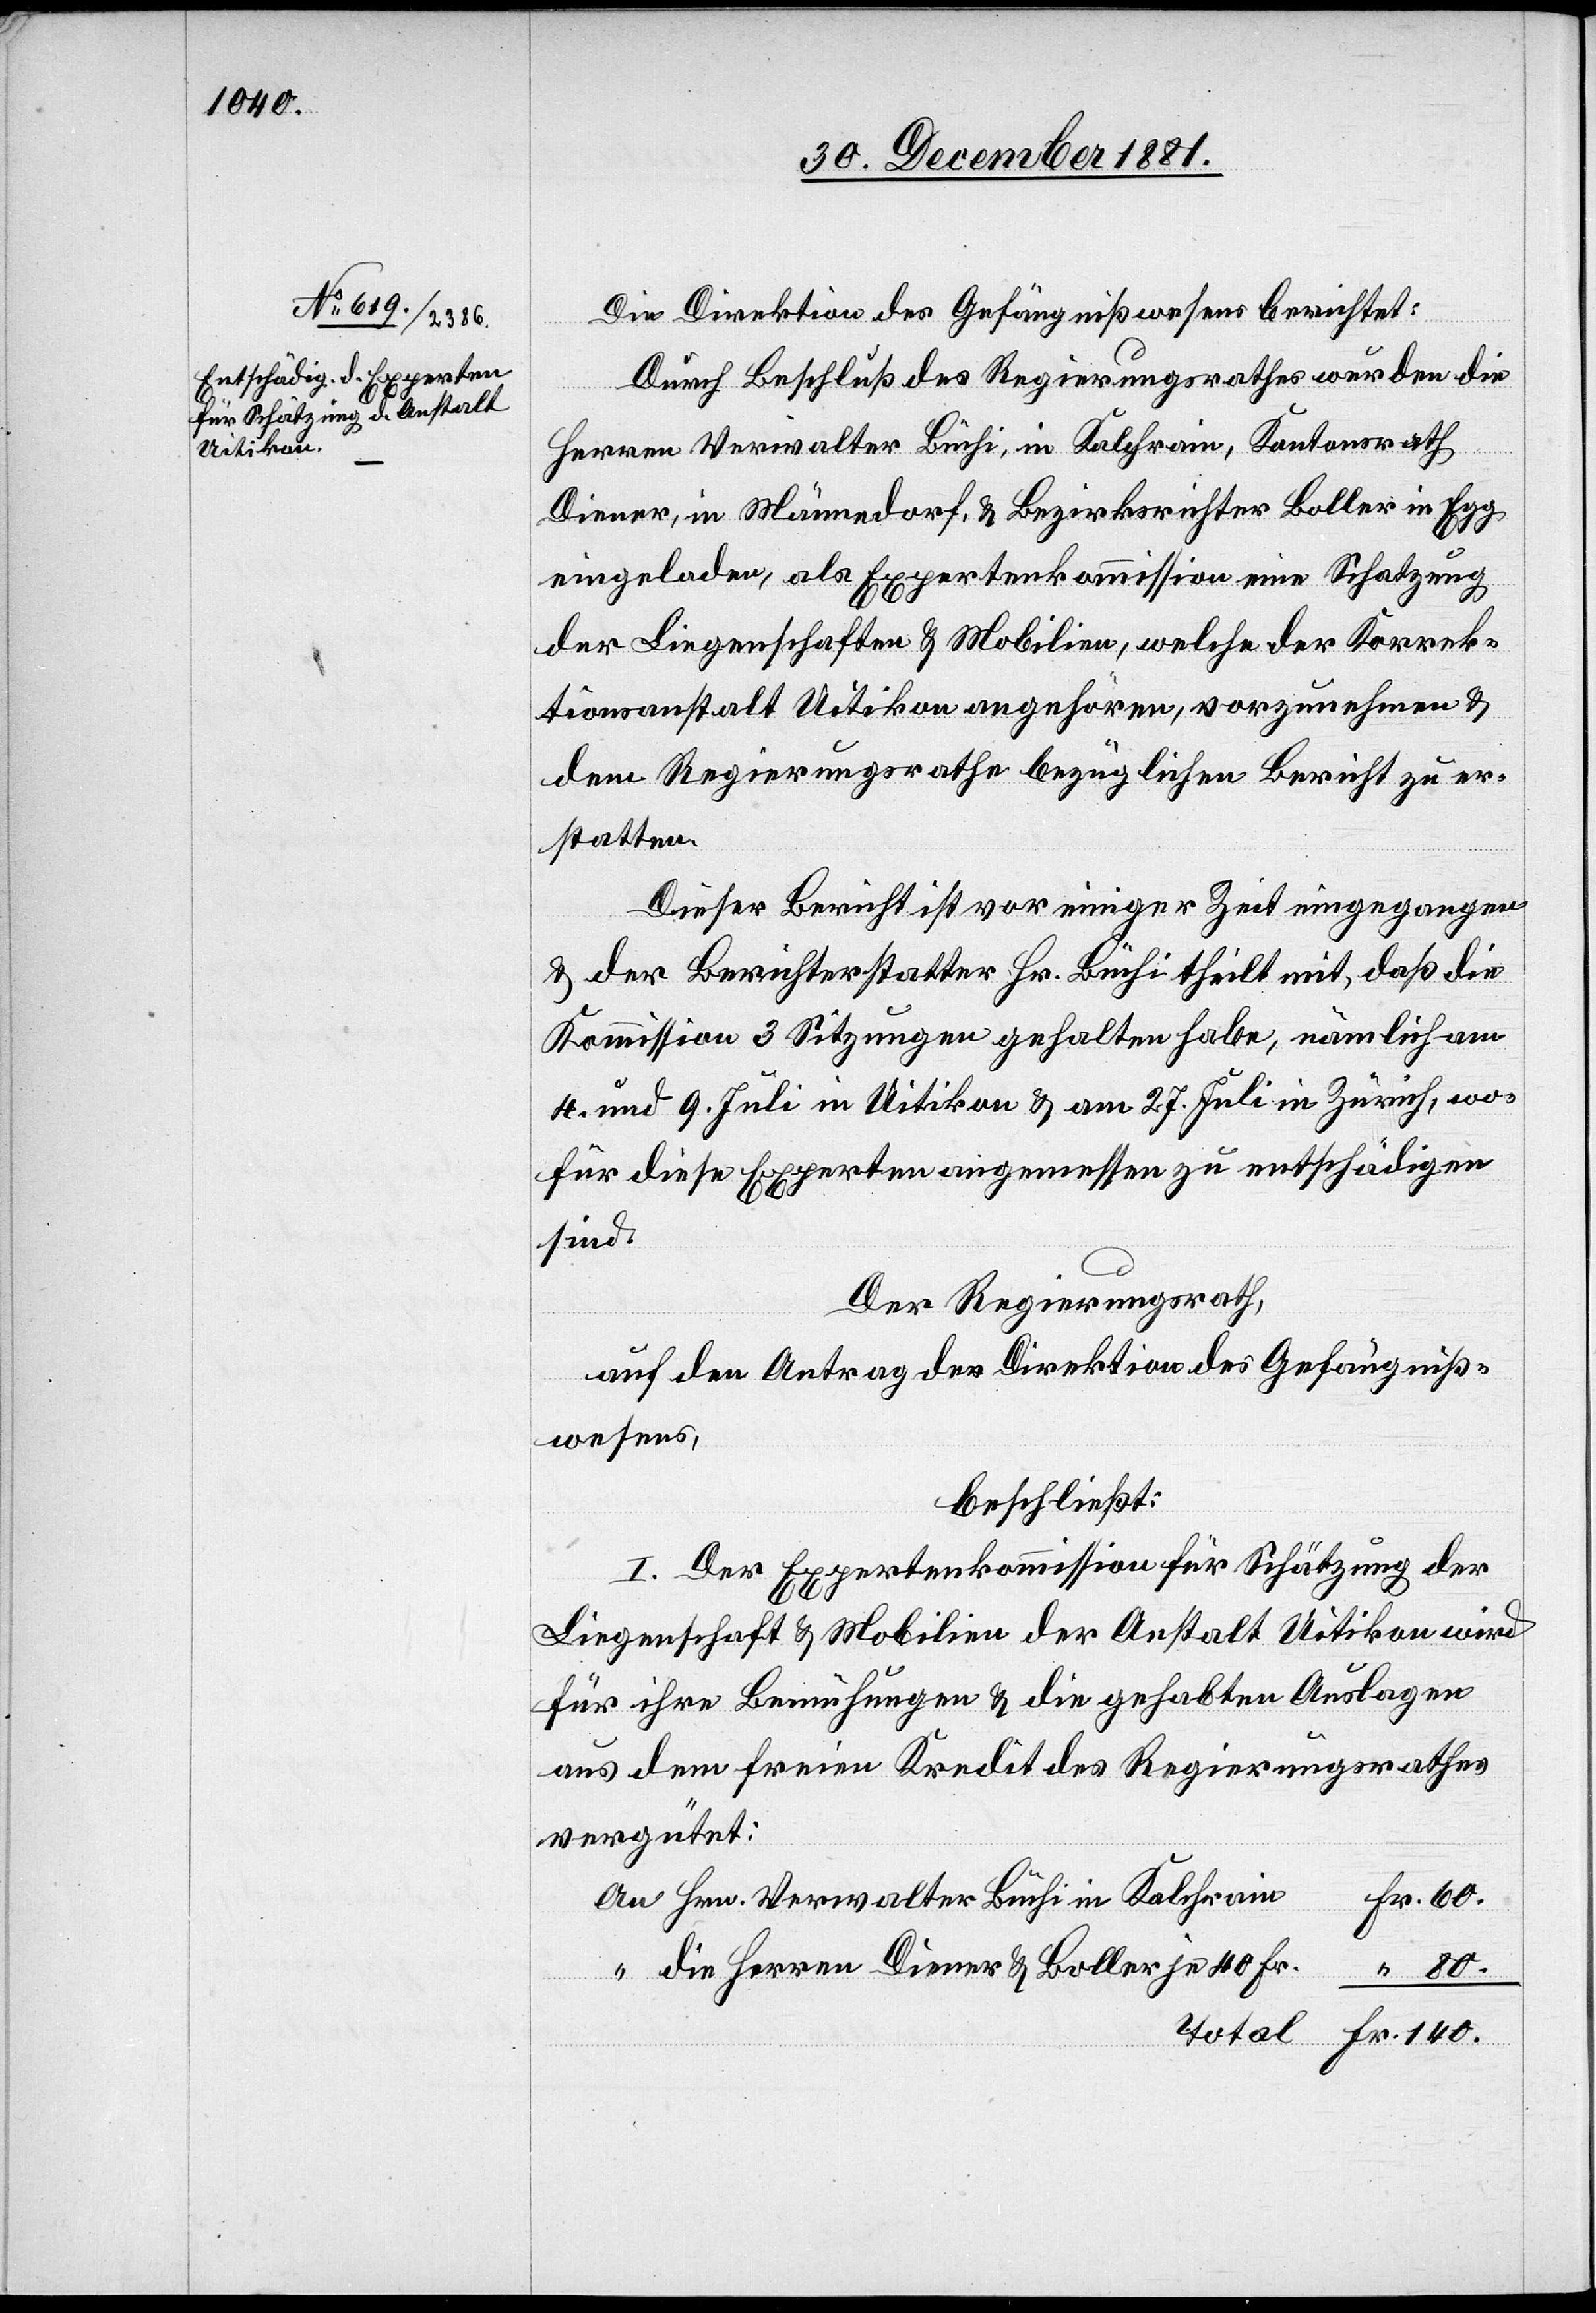
140.

Die Direktion des Gefängnißwesens berichtet:
“
Total
Durch Beschluß des Regierungsrathes wurden die
Herren Verwalter Büchi, in Kalchrain, Kantonsrath
Diener, in Männedorf, & Bezirksrichter Boller in Egg
eingeladen, als Expertenkommission eine Schatzung
der Liegenschaften & Mobilien, welche der Korrek¬
tionsanstalt Uitikon angehören, vorzunehmen &
dem Regierungsrathe bezüglichen Bericht zu er¬
statten.
Dieser Bericht ist vor einiger Zeit eingegangen
& der Berichterstatter Hr. Büchi theilt mit, daß die
Kommission 3 Sitzungen gehalten habe, nämlich am
4. und 9. Juli in Uitikon & am 27. Juli in Zürich, wo¬
für diese Experten angemessen zu entschädigen
sind.
Der Regierungsrath,
auf den Antrag der Direktion des Gefängniß¬
wesens,
beschließt:
I. Der Expertenkommission für Schätzung der
Liegenschaft & Mobilien der Anstalt Uitikon wird
für ihre Bemühungen & die gehabten Auslagen
aus dem freien Kredit des Regierungsrathes
vergütet:
Hrn. Verwalter Büchi in Kalchrain
die Herren Diener & Boller je 40 Fr.